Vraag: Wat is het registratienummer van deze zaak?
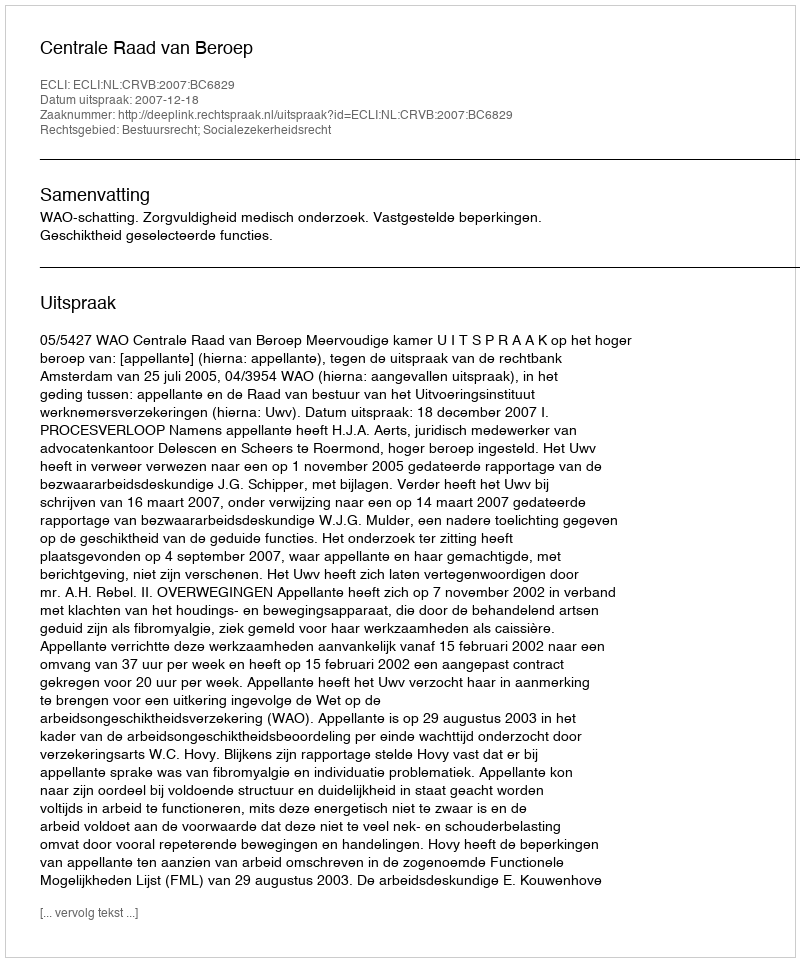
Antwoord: http://deeplink.rechtspraak.nl/uitspraak?id=ECLI:NL:CRVB:2007:BC6829